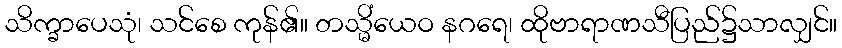
သိက္ခာပေသုံ၊ သင်စေ ကုန်၏။ တသ္မိံယေဝ နဂရေ၊ ထိုဗာရာဏသီပြည်၌သာလျှင်။